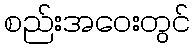
စည်းအဝေးတွင်